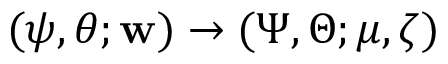
( \psi , \theta ; { \bf w } ) \rightarrow ( \Psi , \Theta ; \mu , \zeta )